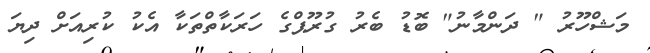
މަޝްހޫރު " ދަންމާނު" ބޮޑު ބެރު ގުރޫޕްގެ ހަރަކާތްތަކާ އެކު ކުރިއަށް ދިޔަ